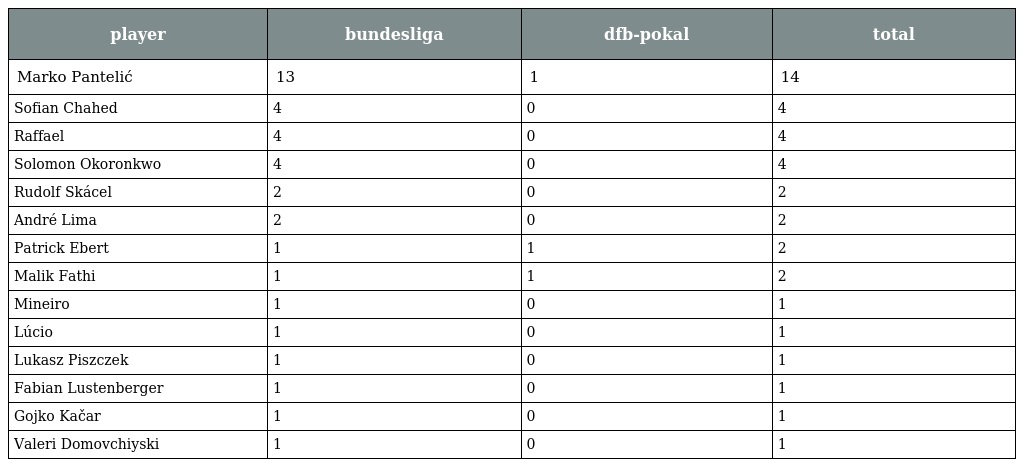
| player | bundesliga | dfb-pokal | total |
 | --- | --- | --- | --- |
 | Marko Pantelić | 13 | 1 | 14 |
 | Sofian Chahed | 4 | 0 | 4 |
 | Raffael | 4 | 0 | 4 |
 | Solomon Okoronkwo | 4 | 0 | 4 |
 | Rudolf Skácel | 2 | 0 | 2 |
 | André Lima | 2 | 0 | 2 |
 | Patrick Ebert | 1 | 1 | 2 |
 | Malik Fathi | 1 | 1 | 2 |
 | Mineiro | 1 | 0 | 1 |
 | Lúcio | 1 | 0 | 1 |
 | Lukasz Piszczek | 1 | 0 | 1 |
 | Fabian Lustenberger | 1 | 0 | 1 |
 | Gojko Kačar | 1 | 0 | 1 |
 | Valeri Domovchiyski | 1 | 0 | 1 |